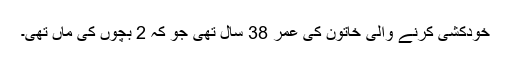
خودکشی کرنے والی خاتون کی عمر 38 سال تھی جو کہ 2 بچوں کی ماں تھی۔